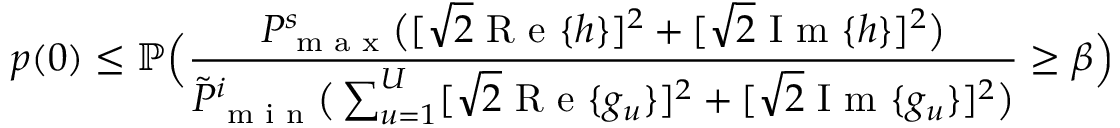
p ( 0 ) \leq \mathbb { P } \Big ( \frac { P _ { \textnormal { m a x } } ^ { s } \big ( [ \sqrt { 2 } \textnormal { R e } \{ h \} ] ^ { 2 } + [ \sqrt { 2 } \textnormal { I m } \{ h \} ] ^ { 2 } \big ) } { \tilde { P } _ { \textnormal { m i n } } ^ { i } \big ( \sum _ { u = 1 } ^ { U } [ \sqrt { 2 } \textnormal { R e } \{ g _ { u } \} ] ^ { 2 } + [ \sqrt { 2 } \textnormal { I m } \{ g _ { u } \} ] ^ { 2 } \big ) } \geq \beta \Big )